Vaccination in Bombay 1856-1862 - 1856-1862
Year: 1856
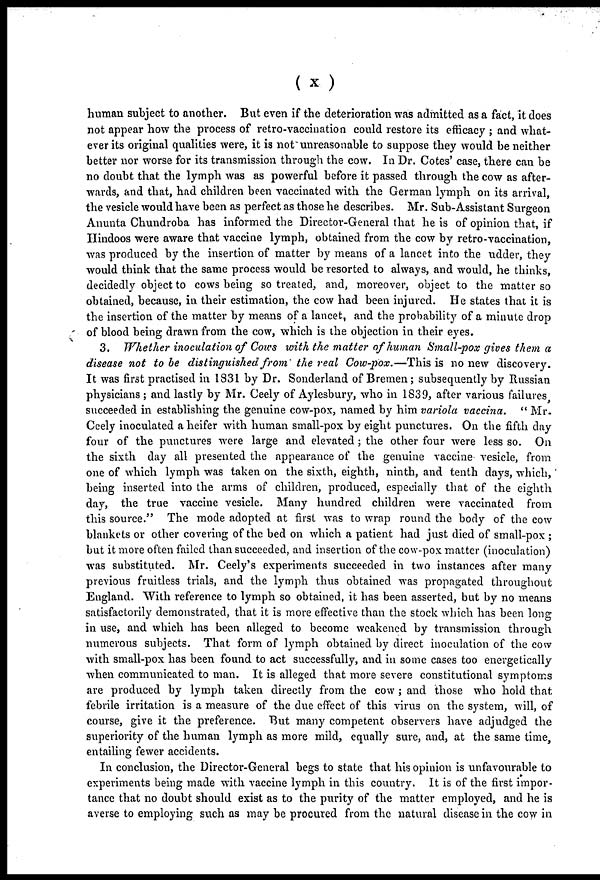
(x)
human subject to another. But even if the deterioration was admitted as a fact, it does
not appear how the process of retro-vaccination could restore its efficacy ; and what-
ever its original qualities were, it is not unreasonable to suppose they would be neither
better nor worse for its transmission through the cow. In Dr. Cotes' case, there can be
no doubt that the lymph was as powerful before it passed through the cow as after-
wards, and that, had children been vaccinated with the German lymph on its arrival,
the vesicle would have been as perfect as those he describes. Mr. Sub-Assistant Surgeon
Anunta Chundroba has informed the Director-General that he is of opinion that, if
Hindoos were aware that vaccine lymph, obtained from the cow by retro-vaccination,
was produced by the insertion of matter by means of a lancet into the udder, they
would think that the same process would be resorted to always, and would, he thinks,
decidedly object to cows being so treated, and, moreover, object to the matter so
obtained, because, in their estimation, the cow had been injured. He states that it is
the insertion of the matter by means of a lancet, and the probability of a minute drop
of blood being drawn from the cow, which is the objection in their eyes.
3. Whether inoculation of Cows with the matter of human Small-pox gives them a
disease not to be distinguished from the real Cow-pox.—This is no new discovery.
It was first practised in 1831 by Dr. Sonderland of Bremen; subsequently by Russian
physicians; and lastly by Mr. Ceely of Aylesbury, who in 1839, after various failures,
succeeded in establishing the genuine cow-pox, named by him variola vaccina. " Mr.
Ceely inoculated a heifer with human small-pox by eight punctures. On the fifth day
four of the punctures were large and elevated; the other four were less so. On
the sixth day all presented the appearance of the genuine vaccine vesicle, from
one of which lymph was taken on the sixth, eighth, ninth, and tenth days, which,
being inserted into the arms of children, produced, especially that of the eighth
day, the true vaccine vesicle. Many hundred children were vaccinated from
this source." The mode adopted at first was to wrap round the body of the cow
blankets or other covering of the bed on which a patient had just died of small-pox ;
but it more often failed than succeeded, and insertion of the cow-pox matter (inoculation)
was substituted. Mr. Ceely's experiments succeeded in two instances after many
previous fruitless trials, and the lymph thus obtained was propagated throughout
England. With reference to lymph so obtained, it has been asserted, but by no means
satisfactorily demonstrated, that it is more effective than the stock which has been long
in use, and which has been alleged to become weakened by transmission through
numerous subjects. That form of lymph obtained by direct inoculation of the cow
with small-pox has been found to act successfully, and in some cases too energetically
when communicated to man. It is alleged that more severe constitutional symptoms
are produced by lymph taken directly from the cow ; and those who hold that
febrile irritation is a measure of the due effect of this virus on the system, will, of
course, give it the preference. But many competent observers have adjudged the
superiority of the human lymph as more mild, equally sure, and, at the same time,
entailing fewer accidents.
In conclusion, the Director-General begs to state that his opinion is unfavourable to
experiments being made with vaccine lymph in this country. It is of the first impor-
tance that no doubt should exist as to the purity of the matter employed, and he is
averse to employing such as may be procured from the natural disease in the cow in